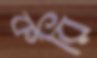
করি